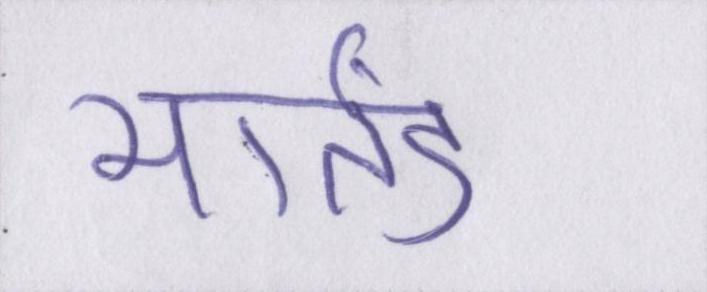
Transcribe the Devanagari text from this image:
मार्तंड